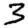
Digit: 3